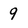
Character: 9